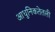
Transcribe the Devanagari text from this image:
आधुनिकतेतली